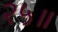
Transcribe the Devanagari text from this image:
२५॥